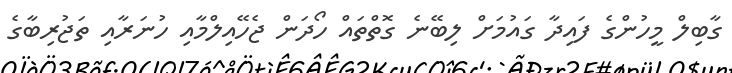
ގާބިލް މީހުންގެ ފައިދާ ގައުމަށް ލިބޭނެ ގޮތްތައް ހޯދަން ޖެހޭއިލްމާއި ހުނަރާއި ތަޖުރިބާގެ